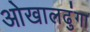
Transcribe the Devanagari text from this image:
ओखालढुंगा